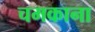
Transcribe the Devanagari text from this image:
चमकाना